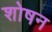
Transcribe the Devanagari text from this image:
शोषन